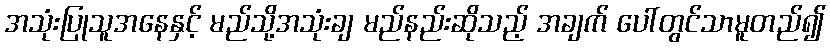
အသုံးပြုသူအနေနှင့် မည်သို့အသုံးချ မည်နည်းဆိုသည့် အချက် ပေါ်တွင်သာမူတည်၍